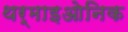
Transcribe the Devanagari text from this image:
थर्माइओनिक